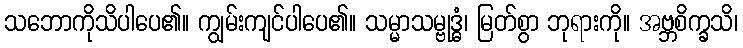
သဘောကိုသိပါပေ၏။ ကျွမ်းကျင်ပါပေ၏။ သမ္မာသမ္ဗုဒ္ဓံ၊ မြတ်စွာ ဘုရားကို။ အဗ္ဘစိက္ခသိ၊